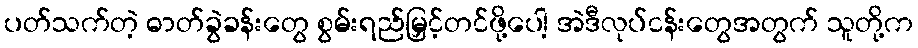
ပတ်သက်တဲ့ ဓာတ်ခွဲခန်းတွေ စွမ်းရည်မြှင့်တင်ဖို့ပေါ့ အဲဒီလုပ်ငန်းတွေအတွက် သူတို့က